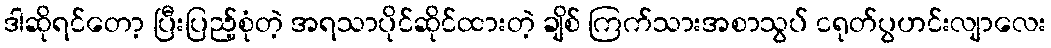
ဒါဆိုရင်တော့ ပြီးပြည့်စုံတဲ့ အရသာပိုင်ဆိုင်ထားတဲ့ ချိစ် ကြက်သားအစာသွပ် ငရုတ်ပွဟင်းလျာလေး